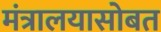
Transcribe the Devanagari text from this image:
मंत्रालयासोबत